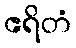
ဧရိတံ